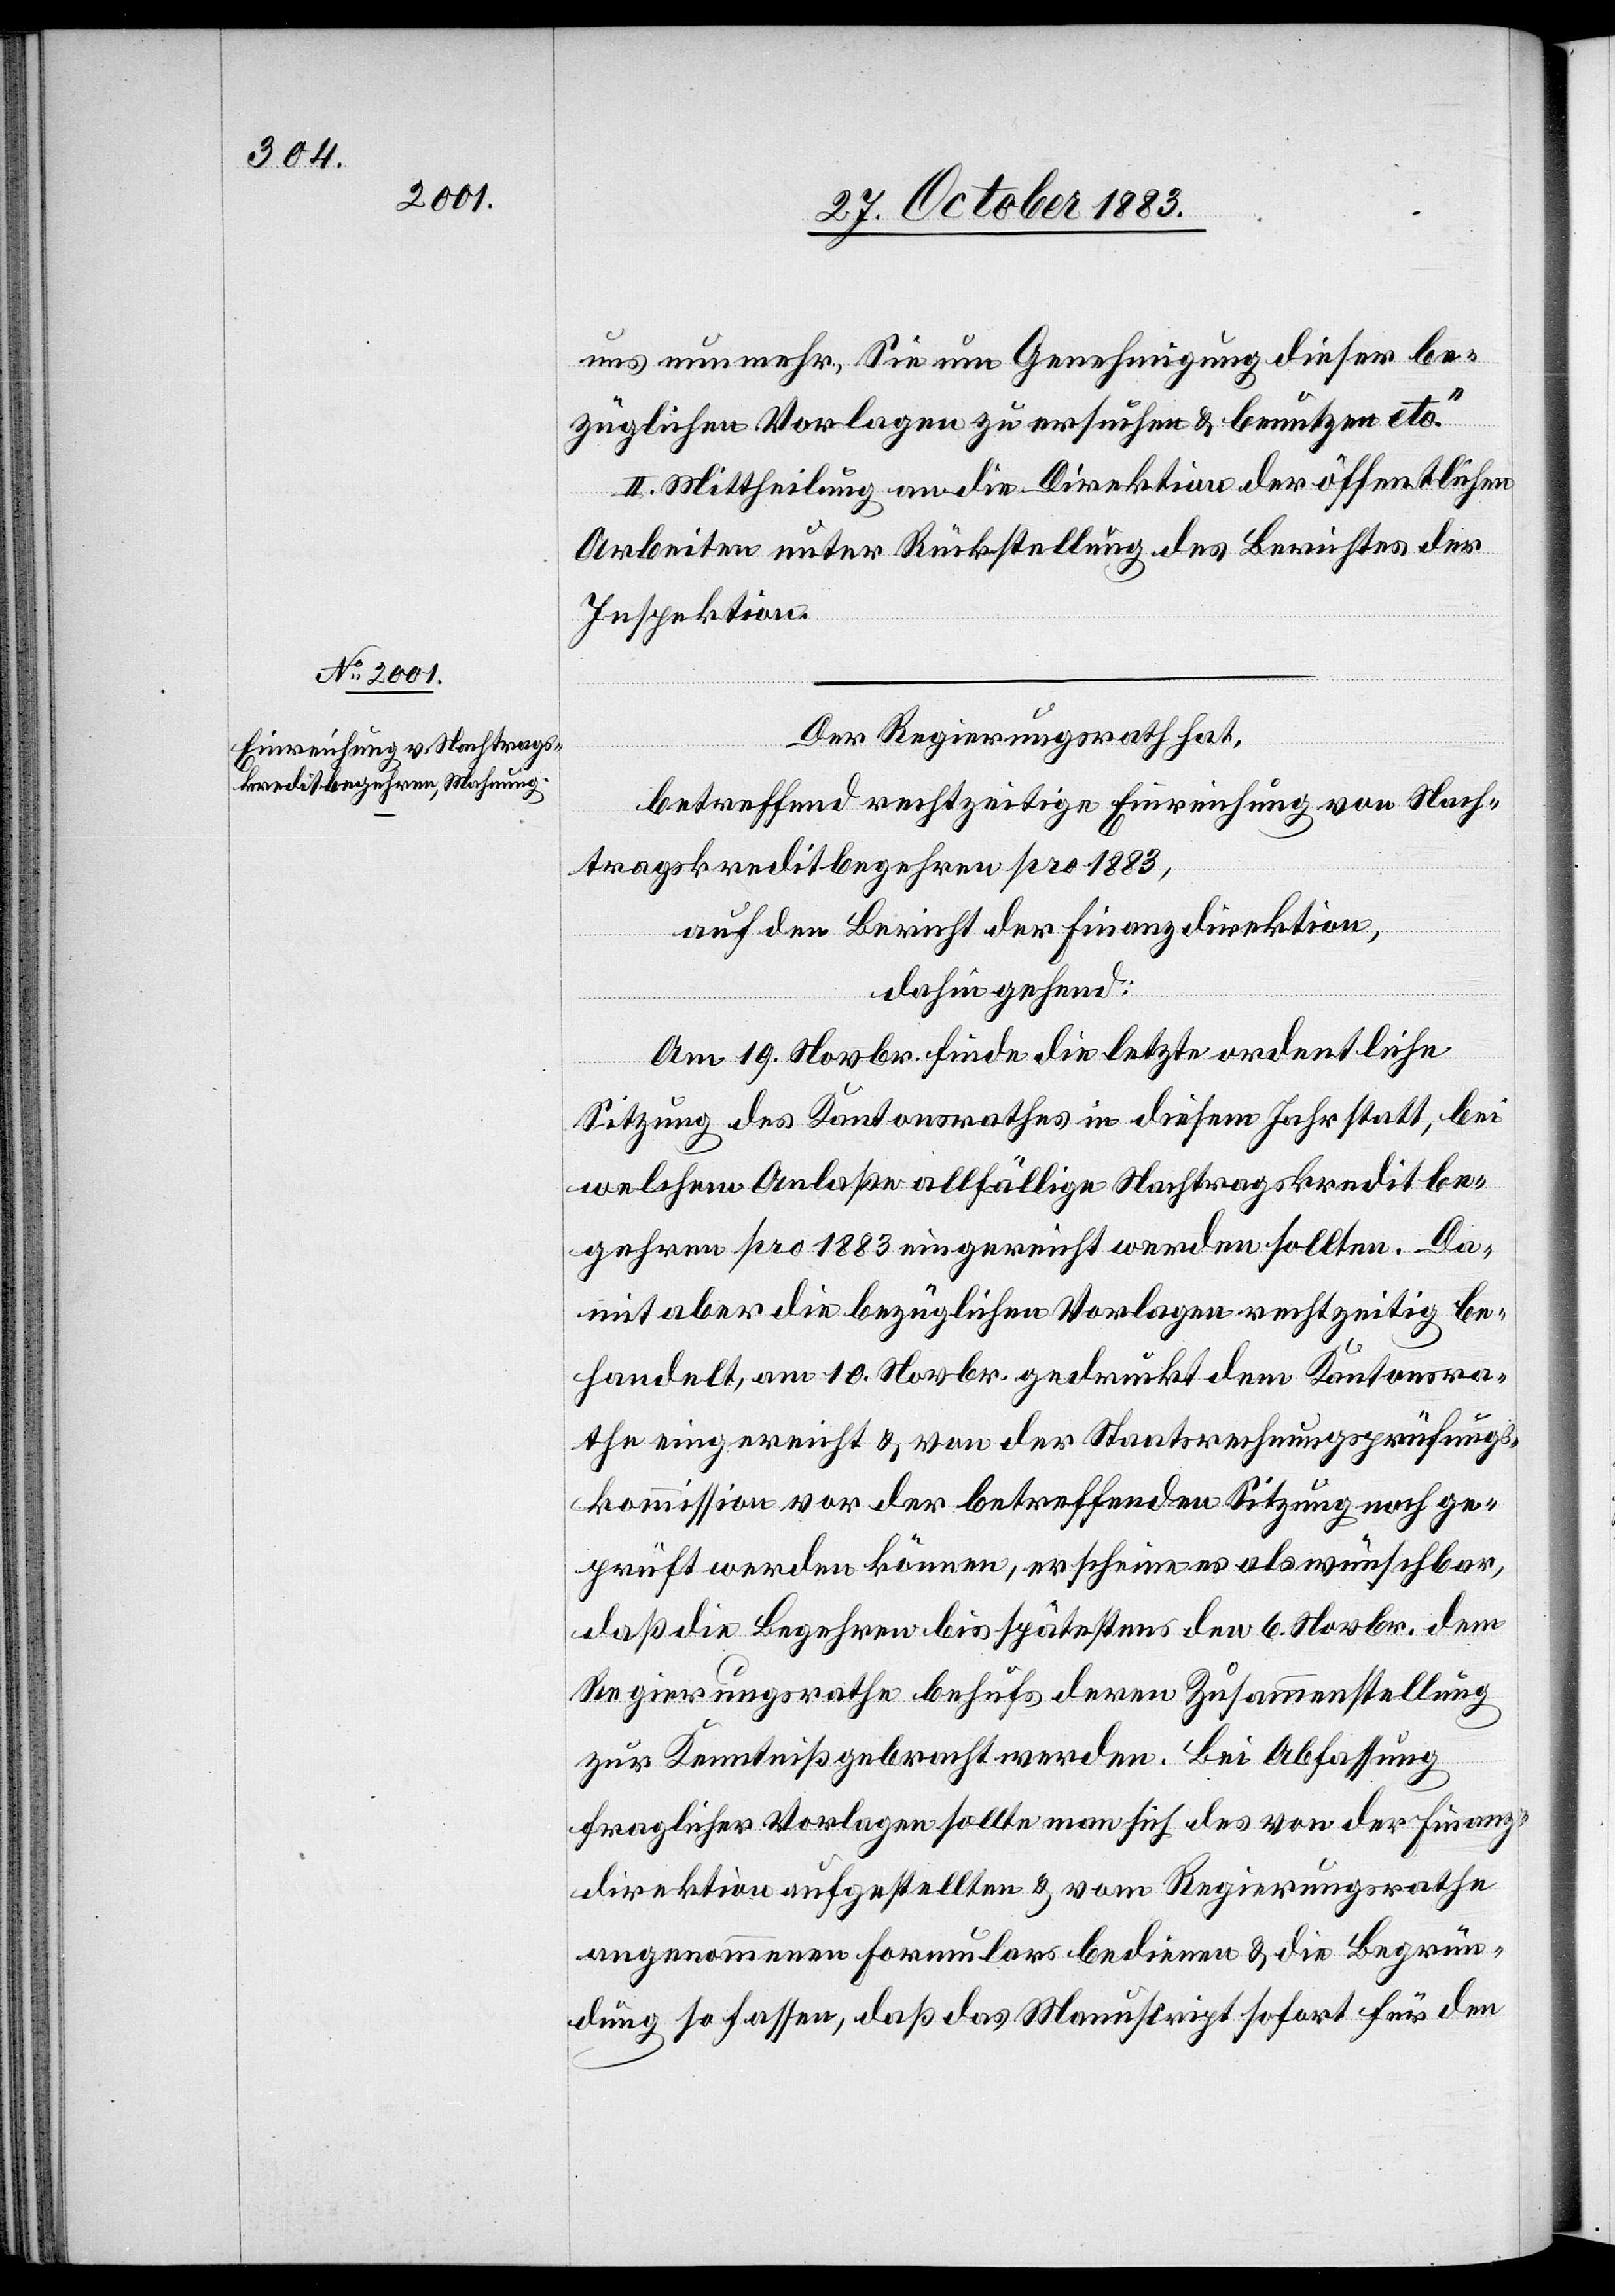
uns nun mehr, Sie um Genehmigung dieser be¬
züglichen Vorlagen zu ersuchen & benutzen etc.
II. Mittheilung an die Direktion der öffentlichen
Arbeiten unter Rückstellung des Berichtes der
Inspektion.
Der Regierungsrath hat,
betreffend rechtzeitige Einreichung von Nach¬
tragskreditbegehren pro 1883,
auf den Bericht der Finanzdirektion,
dahingehend:
Am 19. Novbr. finde die letzte ordentliche
Sitzung des Kantonsrathes in diesem Jahr statt, bei
welchem Anlaße allfällige Nachtragskreditbe¬
gehren pro 1883 eingereicht werden sollen. Da¬
mit aber die bezüglichen Vorlagen rechtzeitig be¬
handelt, am 10. Novbr. gedruckt dem Kantonsra¬
the eingereicht & von der Staatsrechnungsprüfungs¬
kommission vor der betreffenden Sitzung noch ge¬
prüft werden können, erscheine es als wünschbar,
da die Begehren bis spätestens den 6. Novbr. dem
Regierungsrathe behufs deren Zusammenstellung
zur Kenntniß gebracht werden. Bei Abfassung
fraglicher Vorlagen sollte man sich des von der Finanz¬
direktion aufgestellten & vom Regierungsrathe
angenommenen Formulars bedienen & die Begrün¬
dung so fassen, daß das Manuscript sofort für den